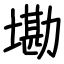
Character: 墈